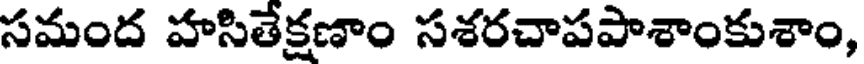
సమంద హసితేక్షణాం సశరచాపపాశాంకుశాం,